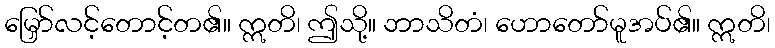
မြှော်လင့်တောင့်တ၏။ ဣတိ၊ ဤသို့။ ဘာသိတံ၊ ဟောတော်မူအပ်၏။ ဣတိ၊